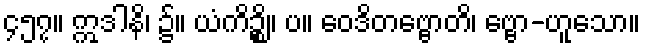
၄၅၇။ ဣဒါနိ၊ ၌။ ယံကိဉ္စိ။ ပ။ ဝေဒိတဗ္ဗောတိ၊ ဗ္ဗော-ဟူသော။